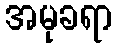
အမုခရာ